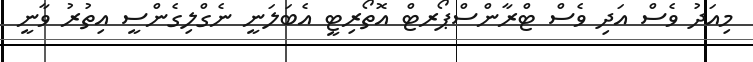
މިއަދު ވެސް އަދި ވެސް ޓްރާންސްޕޯރޓް އޮތޯރިޓީ އެބަލަނީ ނެގްލިގެންސީ އިތުރު ވާނީ